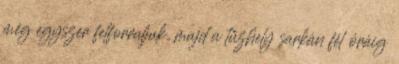
még egyszer felforraljuk, majd a tűzhely sarkán fél óráig